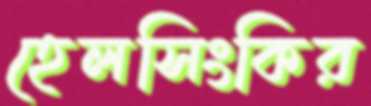
হেলসিংকির